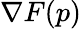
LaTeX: \nabla F(p)